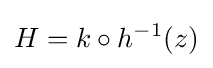
H=k\circ h^{-1}(z)